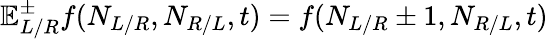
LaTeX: \mathbb{E}_{L/R}^{\pm}f(N_{L/R},N_{R/L},t)=f(N_{L/R}\pm 1,N_{R/L},t)